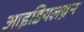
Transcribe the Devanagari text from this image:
आइडियलब्रेन